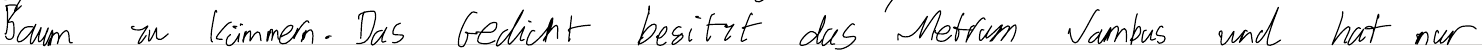
Baum zu kümmern. Das Gedicht besitzt das Metrum Jambus und hat nur